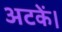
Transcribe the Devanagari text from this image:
अटकें।